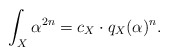
\begin{align*} \int_X \alpha^{2n}=c_X\cdot q_X(\alpha)^n. \end{align*}